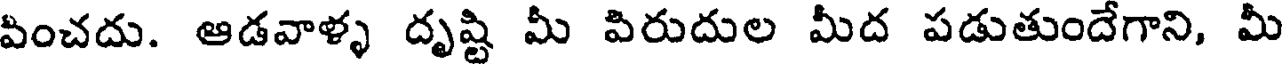
పించదు. ఆడవాళ్ళ దృష్టి మీ పిరుదుల మీద పడుతుందేగాని, మీ